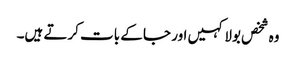
وہ شخص بولا کہیں اور جا کے بات کرتے ہیں۔